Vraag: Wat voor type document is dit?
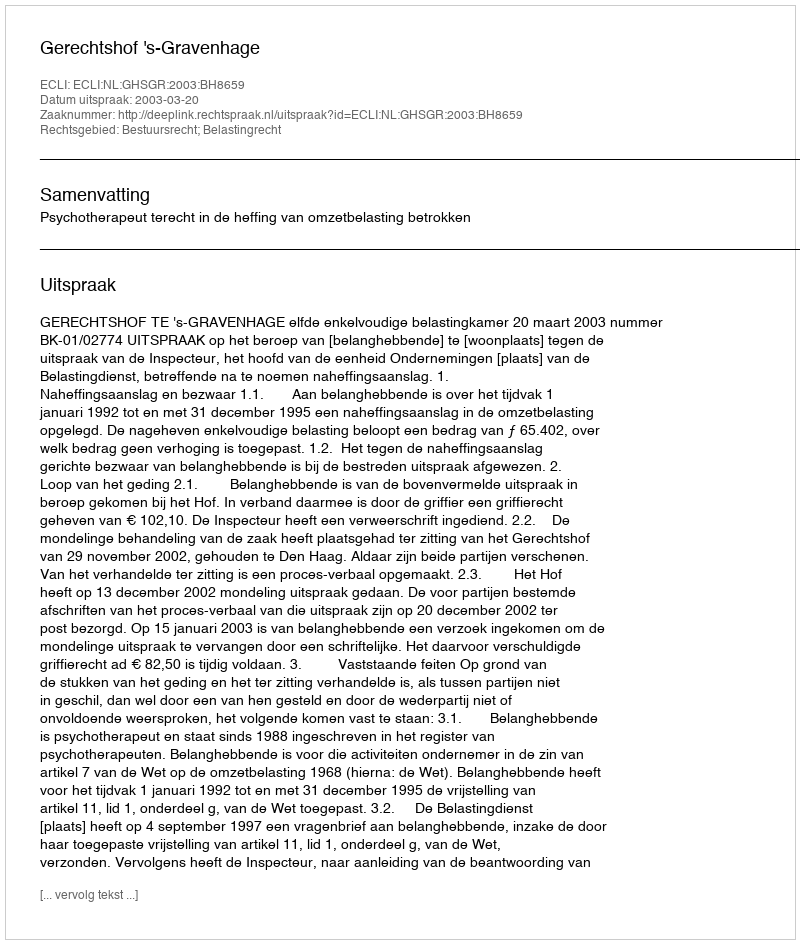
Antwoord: Uitspraak